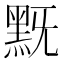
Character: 黖